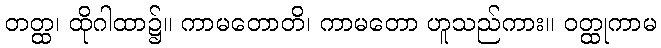
တတ္ထ၊ ထိုဂါထာ၌။ ကာမတောတိ၊ ကာမတော ဟူသည်ကား။ ဝတ္ထုကာမ